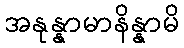
အနုန္နာမာနိန္နာမိ